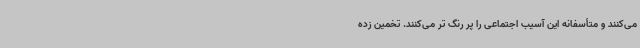
می‌کنند و متأسفانه این آسیب اجتماعی را پر رنگ تر می‌کنند. تخمین زده